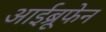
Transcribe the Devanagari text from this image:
आईब्रूफेन